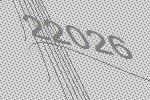
22026